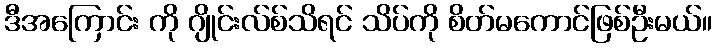
ဒီအကြောင်း ကို ဂျိုင်းလ်စ်သိရင် သိပ်ကို စိတ်မကောင်ဖြစ်ဦးမယ်။